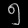
Digit: ၅